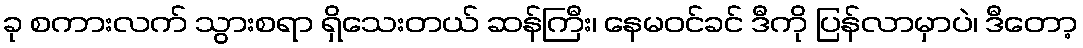
ခု စကားလက် သွားစရာ ရှိသေးတယ် ဆန်ကြီး၊ နေမဝင်ခင် ဒီကို ပြန်လာမှာပဲ၊ ဒီတော့